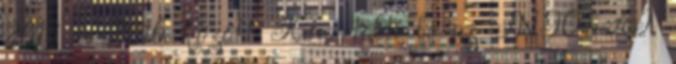
2013 és 2016 között Kína tölti be az INTOSAI,